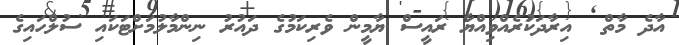
އާދެ މާތް  އިރާދަކުރެއްވިއްޔާ ރައީސް ޔާމީން ވެރިކަމުގެ ދައުރު ނިންމާލުމަށްޓަކައި ސުލްހައިގެ